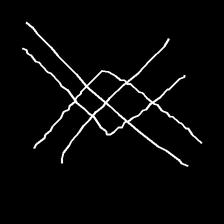
Glyph: crystal